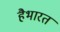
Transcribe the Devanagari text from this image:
हैभारत